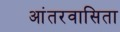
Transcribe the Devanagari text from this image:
आंतरवासिता